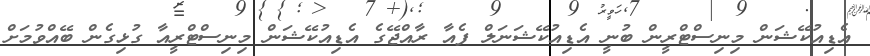
އެޑިއުކޭޝަން މިނިސްޓްރީން ބުނީ އެޑިއުކޭޝަނަލް ފެއާ ރާއްޖޭގެ އެޑިއުކޭޝަން މިނިސްޓްރީއާ ގުޅިގެން ބޭއްވުމަށް